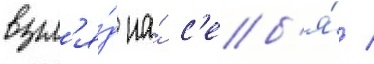
взгл'я́д на́ с'еб'я́ /